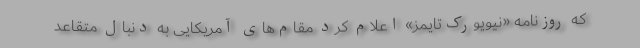
که روزنامه «نیویورک‌تایمز» اعلام کرد مقام‌های آمریکایی به دنبال متقاعد